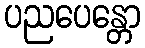
ပညပေန္တော